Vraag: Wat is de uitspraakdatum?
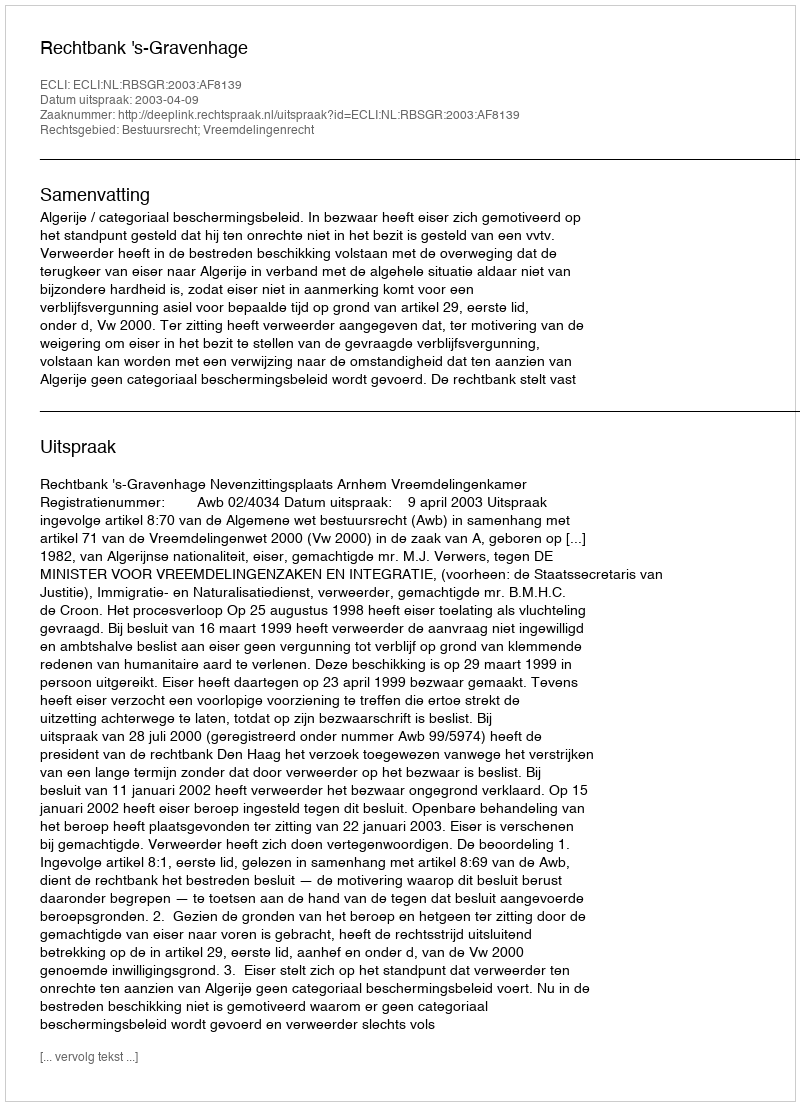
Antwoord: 2003-04-09